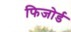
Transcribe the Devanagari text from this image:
फिजोर्ड